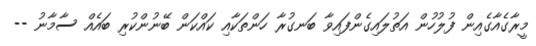
މީރާގެއާގެއިން ފުލުހުން އަތުލައިގެންފައިވާ ބަނގުރާ ހަންތަކާއި ކައްކަން ބޭނުންކުރި ބައެއް ސާމާނު --